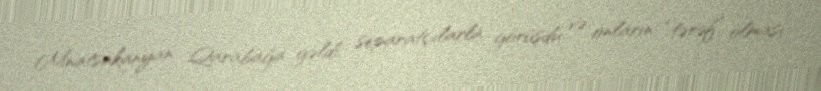
Mnatsakanyan Qarabağa gəldi, separatçılarla görüşdü və onların “tərəf” olması